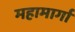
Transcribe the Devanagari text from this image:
महामार्गा